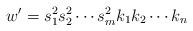
LaTeX: \begin{align*}w'=s^2_1 s^2_2\cdots s^2_m k_1 k_2 \cdots k_n \end{align*}